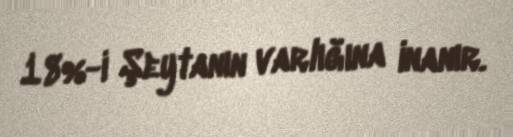
18%-i Şeytanın varlığına inanır.